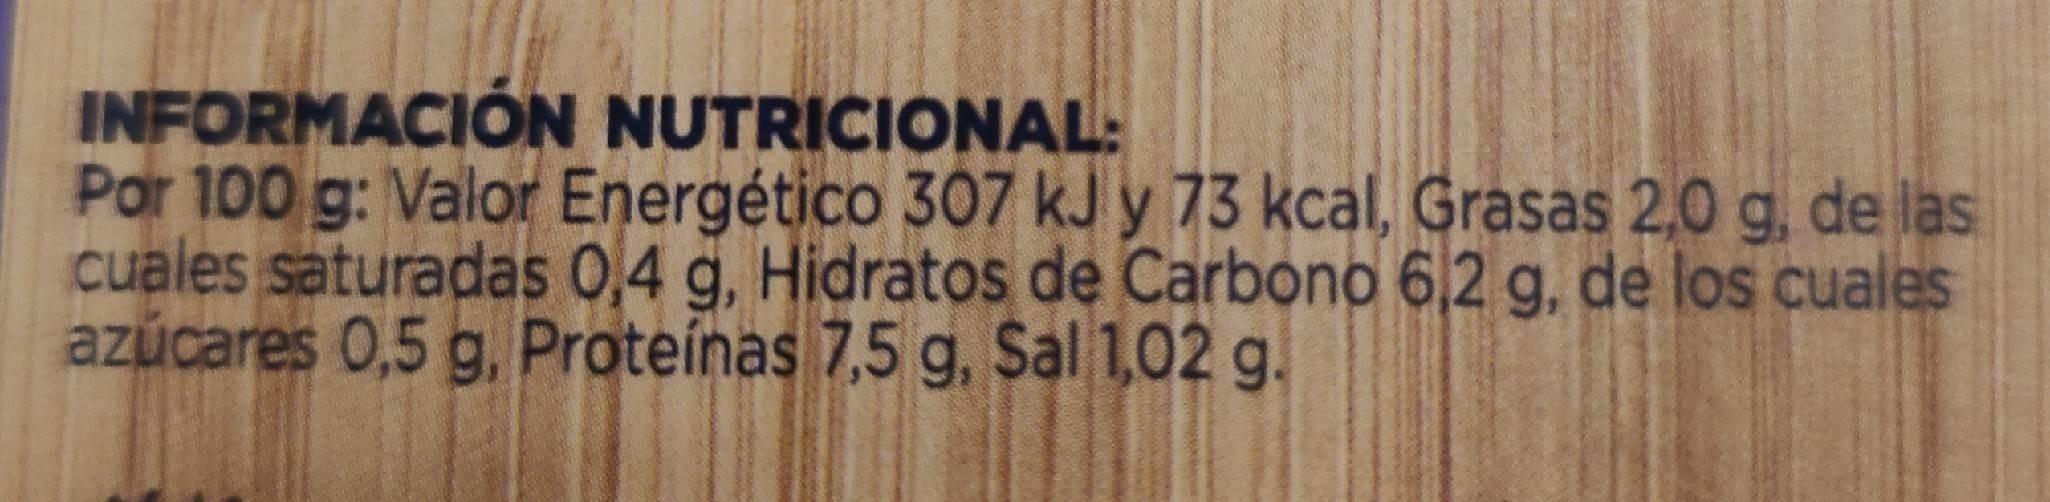
INFORMACIÓN NUTRICIONAL: Por 100 g: Valor Energético 307 kJ y 73 kcal, Grasas 2,0 g, de las cuales saturadas 0,4 g, Hidratos de Carbono 6,2 g, de los cuales azúcares 0,5 g, Proteínas 7,5 g, Sal 1,02 g.